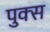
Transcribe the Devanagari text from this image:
पुक्स